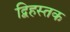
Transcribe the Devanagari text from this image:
द्विहस्तक